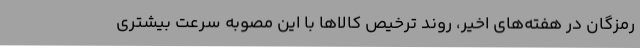
رمزگان در هفته‌های اخیر، روند ترخیص کالاها با این مصوبه سرعت بیشتری